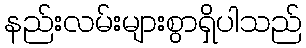
နည်းလမ်းများစွာရှိပါသည်